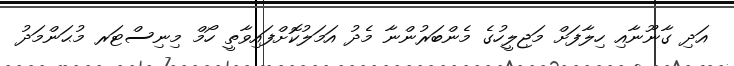
އަދި ގާނޫނާއި ހިލާފަށް މަޖިލީހުގެ މެންބަރުންނާ މެދު އަމަލުކޮށްފައިވާތީ ހޯމް މިނިސްޓަރ މުޙަންމަދު